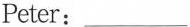
Peter:___